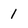
Character: 1